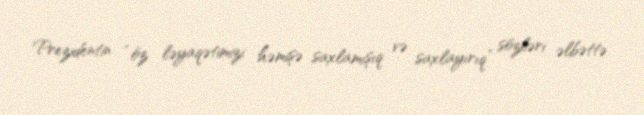
Prezidentin “öz ləyaqətimizi həmişə saxlamışıq və saxlayırıq” sözləri əlbəttə